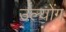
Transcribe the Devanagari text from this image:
उल्योंग